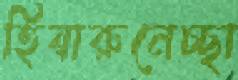
হিয়ারুনেচ্ছা